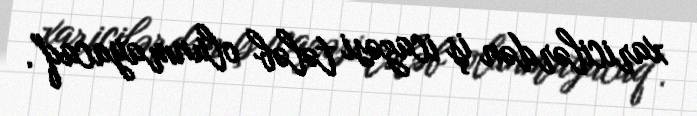
xaricilərdən iş icazəsi tələb olunmayacaq".